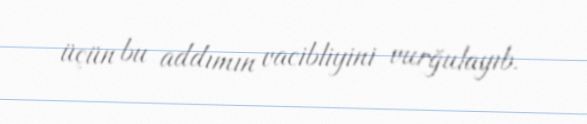
üçün bu addımın vacibliyini vurğulayıb.